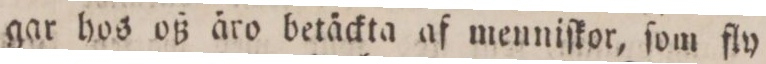
gar hos oß äro betäckta af menniſkor, ſom fly